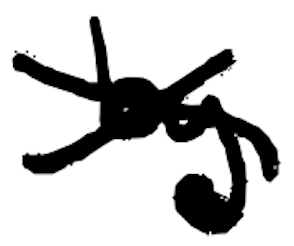
Text: by
Cross-out: cross
Writing tool: digital_black